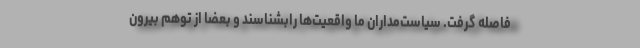
فاصله گرفت. سیاست‌مداران ما واقعیت‌ها رابشناسند و بعضا از توهم بیرون